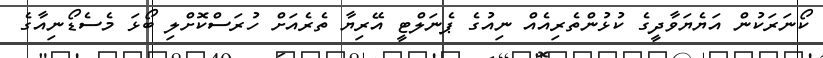
ކޯނަރަކުން އަޔެޔަވާދީގެ ކުޅުންތެރިއެއް ނިއުގެ ޕެނަލްޓީ އޭރިޔާ ތެރެއަށް ހުރަސްކޮށްލި ބޯޅަ މެސެޑޯނިއާގެ